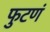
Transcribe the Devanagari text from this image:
फुटणं